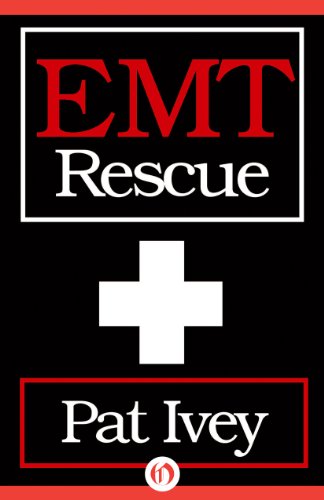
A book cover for EMT Rescue; Pat Ivey; Medical Books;